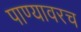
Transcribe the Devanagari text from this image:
पाण्यावरच